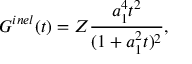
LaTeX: G ^ { i n e l } ( t ) = Z \frac { a _ { 1 } ^ { 4 } t ^ { 2 } } { ( 1 + a _ { 1 } ^ { 2 } t ) ^ { 2 } } ,